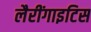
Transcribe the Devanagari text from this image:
लैरींगाइटिस